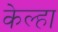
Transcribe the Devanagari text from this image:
केल्हा